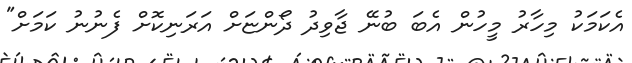
އެކަމަކު މިހާރު މީހުން އެބަ ބުނޭ ޖާވިދު ދޯންޏަށް އަރަނިކޮށް ފެނުނު ކަމަށް"